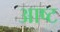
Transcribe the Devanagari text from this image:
आष्ट